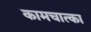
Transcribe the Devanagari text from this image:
कामचात्का